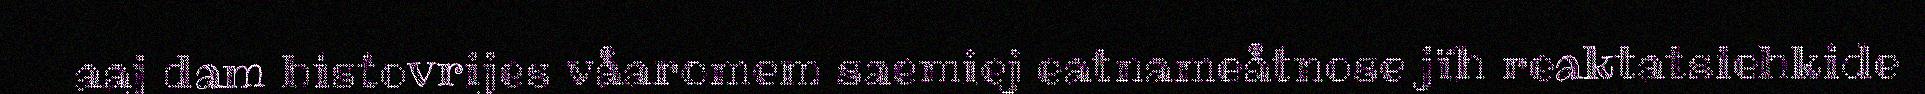
aaj dam histovrijes våaromem saemiej eatnameåtnose jïh reaktatsiehkide